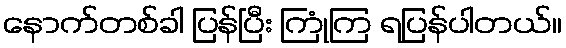
နောက်တစ်ခါ ပြန်ပြီး ကြုံကြ ရပြန်ပါတယ်။